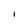
Character: i